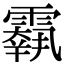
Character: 𩅱